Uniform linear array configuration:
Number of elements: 16
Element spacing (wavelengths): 0.5
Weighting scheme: uniform
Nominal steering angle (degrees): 60
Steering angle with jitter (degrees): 60.783
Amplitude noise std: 0.05
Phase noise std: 0.05

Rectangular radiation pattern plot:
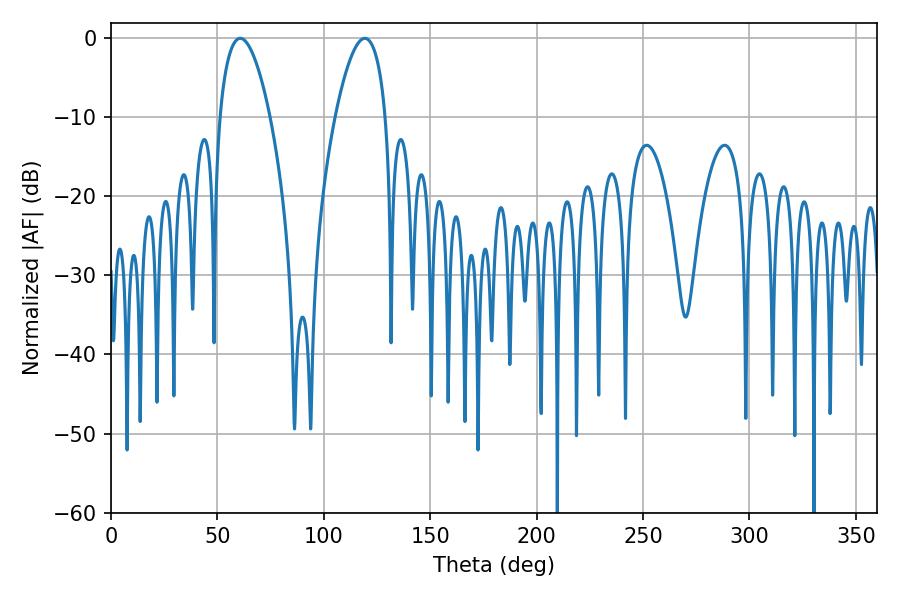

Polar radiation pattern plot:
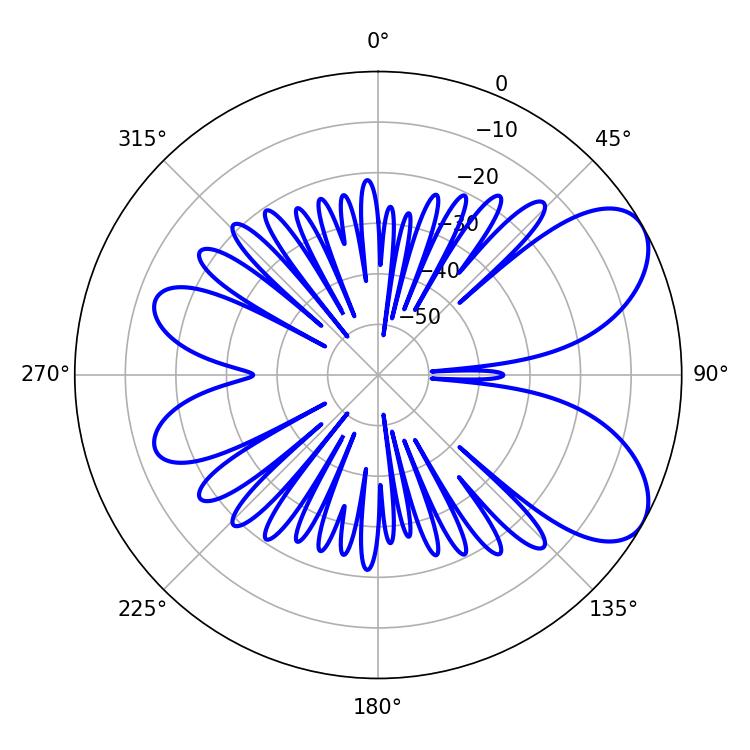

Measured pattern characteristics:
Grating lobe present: FALSE
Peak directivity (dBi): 6.852
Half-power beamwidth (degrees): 13.14
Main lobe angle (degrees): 60.66